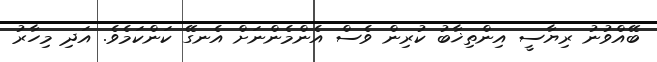
ބޭއްވުނު ރިޔާސީ އިންތިޚާބު ކުރިން ވެސް އެންމެންނަށް އެނގޭ ކަންކަމެވެ. އަދި މިހާރު